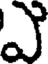
ఎ